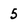
Character: 5